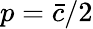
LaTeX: p=\bar{c}/2